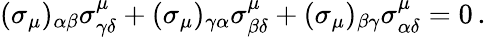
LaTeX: (\sigma_{\mu})_{\alpha\beta}\sigma_{\gamma\delta}^{\mu}+(\sigma_{\mu})_{\gamma\alpha}\sigma_{\beta\delta}^{\mu}+(\sigma_{\mu})_{\beta\gamma}\sigma_{\alpha\delta}^{\mu}=0\, .